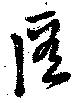
匿